Sketch of the medical history of the native army of Bombay, for the year
Year: 1870
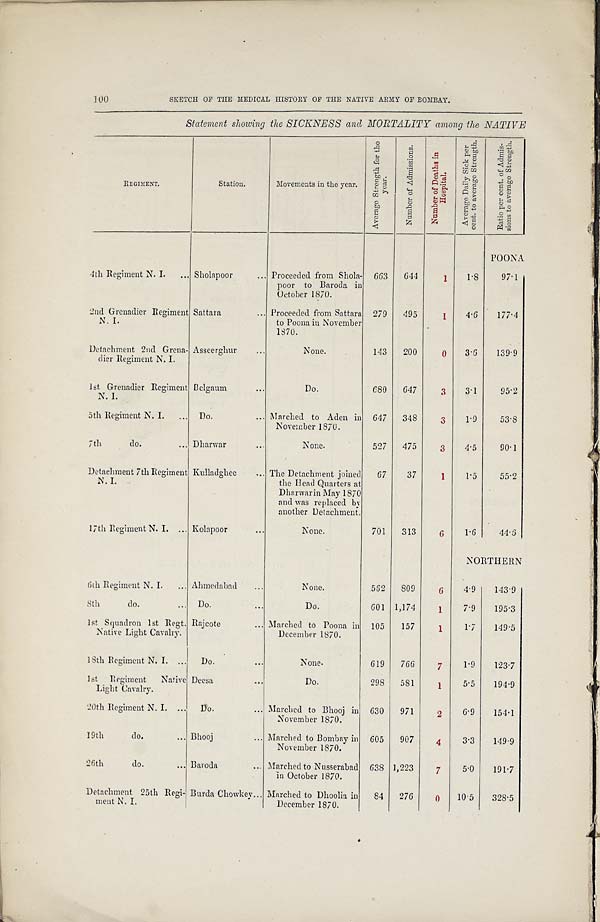
100
SKETCH OF THE MEDICAL HISTORY OF THE NATIVE ARMY OF BOMBAY.
Statement showing the SICKNESS and MORTALITY among the NATIVE
REGIMENT.
Station.
Movements in the year.
A v e r a g e S t r e n g t h f o r t h e
y e a r .
N u m b e r o f A d m i s s i o n s . N u m b e r o f D e a t h s i n
H o s p i t a l .
A v e r a g e D a i l y S i c k p e r
c e n t . t o a v e r a g e S t r e n g t h .
R a t i o p e r c e n t . o f A d m i s -
s i o n s t o a v e r a g e S t r e n g t h .
POONA
4th Regiment N. I. ... Sholapoor
... Proceeded from Shola-
poor to Baroda in
October 1870.
663 644
1
1.8
97.1
2nd Grenadier Regiment
N. I.
Sattara
... Proceeded from Sattara
to Poona in November
1870.
279 495
1
4.6
177.4
Detachment 2nd Grena-
dier Regiment N. I.
Asseerghur
...
None.
143 200
0
3.6
139.9
1st Grenadier Regiment
N. I.
Belgaum
...
Do.
680 647
3
3.1
95.2
5th Regiment N. I. ... Do.
... Marched to Aden in
November 1870.
647 348
3
1.9
53.8
7th
do.
... Dharwar
...
None.
527 475
3
4.5
90.1
Detachment 7th Regiment,
N. I.
Kulladghee
.. The Detachment joined
the Head Quarters at
Dharwarin May 1870
and was replaced by
another Detachment.
67
37
1
1.5
55.2
17th Regiment N. I. ... Kolapoor
...
None.
701 313
6
1.6
44.3
NORTHERN
6th Regiment N. I. ... Ahmedabad
...
None.
562 809
6
4.9
143.9
8th
do.
Do.
...
Do.
601 1,174
1
7.9
195.3
1st Squadron 1st Regt.
Native Light Cavalry.
Rajcote
... Marched to Poona in
December 1870.
105 157
1
1.7
149.5
18th Regiment N. I. ... Do.
None.
619 766
7
1.9
123.7
1st Regiment Native
Light Cavalry.
Deesa-...
D o . 298 581
1
5.5
194.9
20th Regiment N. I. ... Do.
... Marched to Bhooj in
November 1870.
630 971
2
6.9
154.1
19th
do.
... Bhooj
... Marched to Bombay in
November 1870.
605 907
4
3.3
149.9
20th
do.
... Baroda
... Marched to Nusserabad
in October 1870.
638 1,223
7
5.0
191.7
Detachment 25th Regi-
ment N. I.
Burda Chowkey... Marched to Dhoolia in
December 1870.
84 276
0
10.5
328.5